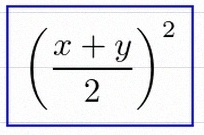
\left(\frac{x+y}{2}\right)^2